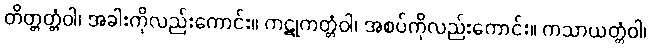
တိတ္တတ္တံဝါ၊ အခါးကိုလည်းကောင်း။ ကဋုကတ္တံဝါ၊ အစပ်ကိုလည်းကောင်း။ ကသာယတ္တံဝါ၊